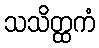
သသိတ္ထကံ